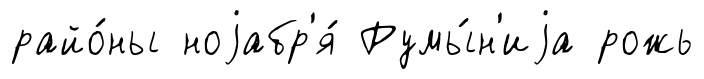
райо́ны ноjабр'я́ Румы́н'иjа рожь